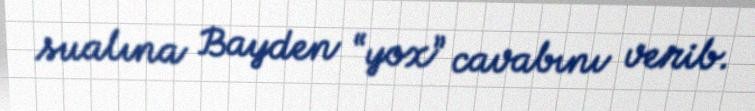
sualına Bayden “yox” cavabını verib.